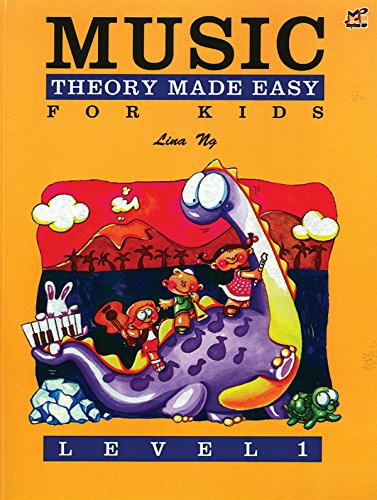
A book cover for Theory Made Easy for Kids, Level 1 (Made Easy (Alfred)); Alfred Publishing Staff; Arts & Photography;